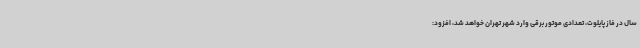
سال در فاز پایلوت، تعدادی موتور برقی وارد شهر تهران خواهد شد، افزود: